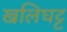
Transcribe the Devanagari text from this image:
खलिघट्ट